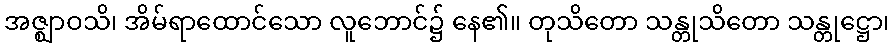
အဇ္ဈာဝသိ၊ အိမ်ရာထောင်သော လူဘောင်၌ နေ၏။ တုသိတော သန္တုသိတော သန္တုဋ္ဌော၊